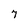
Character: 7